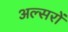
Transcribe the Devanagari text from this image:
अल्सरों